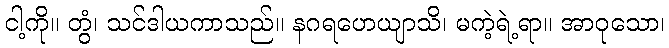
ငါ့ကို။ တွံ၊ သင်ဒါယကာသည်။ နဂရဟေယျာသိ၊ မကဲ့ရဲ့ရာ။ အာဝုသော၊